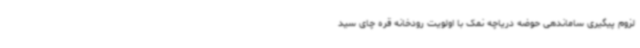
لزوم پیگیری ساماندهی حوضه دریاچه نمک با اولویت رودخانه قره چای سید